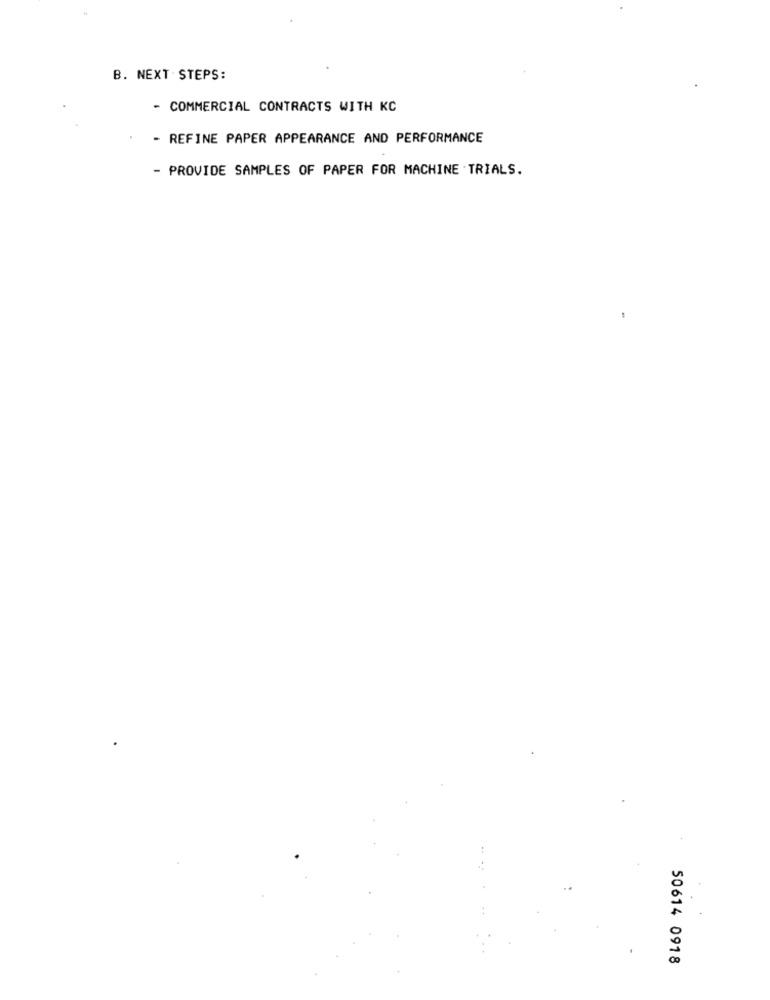
B. NEXT STEPS:
- COMMERCIAL CONTRACTS WITH KC
- REFINE PAPER APPEARANCE AND PERFORMANCE
- PROVIDE SAMPLES OF PAPER FOR MACHINE .TRIALS.
50614 0918